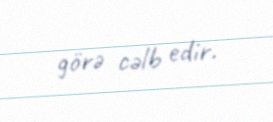
görə cəlb edir.